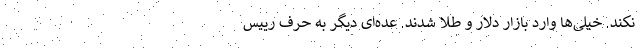
نکند. خیلی‌ها وارد بازار دلار و طلا شدند. عده‌ای دیگر به حرف رییس